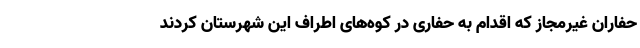
حفاران غیرمجاز که اقدام به حفاری در کوه‌های اطراف این شهرستان کردند